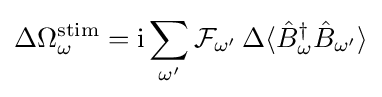
\Delta \Omega _{\omega }^{\mathrm {stim} }=\mathrm {i} \sum _{\omega '}{\mathcal {F}}_{\omega '}\,\Delta \langle {\hat {B}}_{\omega }^{\dagger }{\hat {B}}_{\omega '}\rangle